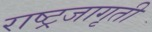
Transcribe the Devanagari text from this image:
राष्ट्रजागृती